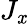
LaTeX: J_{\mathit{x}}